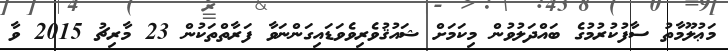
މަޢުލޫމާތު ސާފުކުރުމުގެ ބައްދަލުވުން މިކަމަށް ޝައުޤުވެރިވެވަޑައިގަންނަވާ ފަރާތްތަކުން 23 މާރިޗު 2015 ވާ